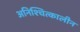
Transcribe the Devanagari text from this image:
अनिश्चित्कालीन